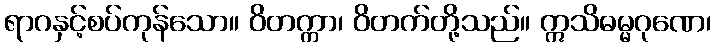
ရာဂနှင့်စပ်ကုန်သော။ ဝိတက္ကာ၊ ဝိတက်တို့သည်။ ဣသိဓမ္မဂုဏေ၊